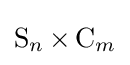
\operatorname {S} _{n}\times \operatorname {C} _{m}